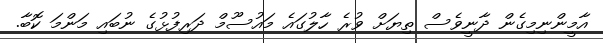
އާމީންނިމިގެން ދާނީވެސް ތިޔަށް ވުރެ ހާލުގައެ މައުސޫމް ދަރިފުޅުގެ ނުބައި މަންމަ ކޮބާ.